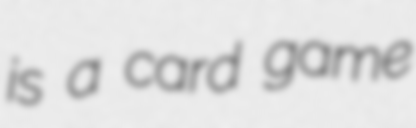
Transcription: is a card game